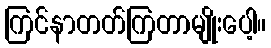
ကြင်နာတတ်ကြတာမျိုးပေါ့။